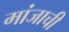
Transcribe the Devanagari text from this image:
मांजाची